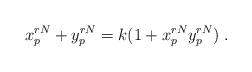
LaTeX: \begin{align*}x^{rN}_{p}+y_{p}^{rN}=k(1+x^{rN}_{p}y^{rN}_{p}) \;.\end{align*}